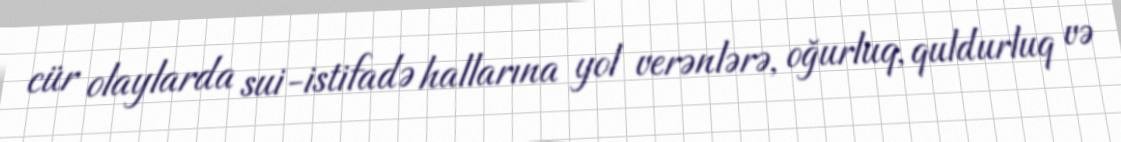
cür olaylarda sui-istifadə hallarına yol verənlərə, oğurluq, quldurluq və